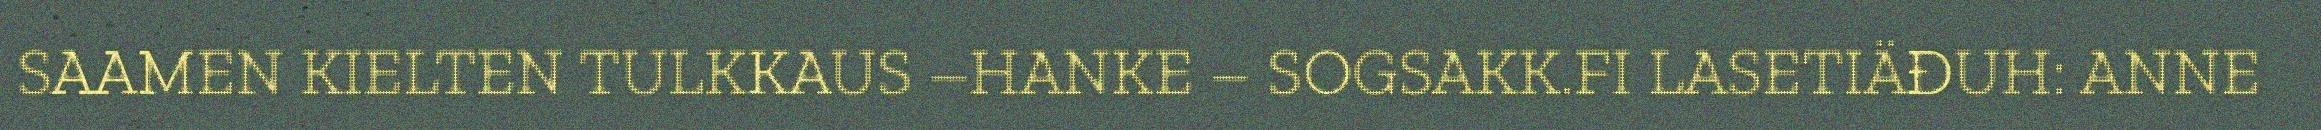
SAAMEN KIELTEN TULKKAUS –HANKE – SOGSAKK.FI LASETIÄĐUH: ANNE